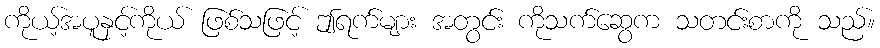
ကိုယ့်အပူနှင့်ကိုယ် ဖြစ်သဖြင့် ဤရက်များ အတွင်း ကိုသက်ဆွေက သတင်းစာကို သည်။